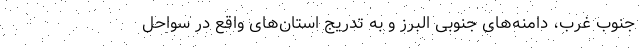
جنوب غرب، دامنه‌های جنوبی البرز و به تدریج استان‌های واقع در سواحل